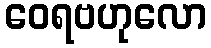
ဝေရဗဟုလော